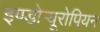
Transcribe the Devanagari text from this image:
इण्डोऱ्यूरोपियन